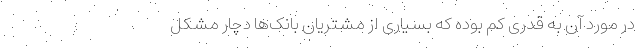
در مورد آن به قدری کم بوده که بسیاری از مشتریان بانک‌ها دچار مشکل